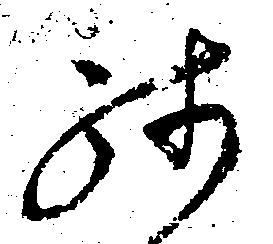
然